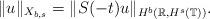
LaTeX: \begin{align*} \|u\|_{X_{b,s}}=\|S(-t)u\|_{H^b(\mathbb{R},H^s(\mathbb{T}))}.\end{align*}